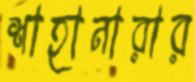
শাহানারার